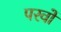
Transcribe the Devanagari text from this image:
परवों